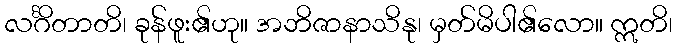
လင်္ဂိတာတိ၊ ခုန်ဖူး၏ဟု။ အဘိဇာနာသိနု၊ မှတ်မိပါ၏လော။ ဣတိ၊